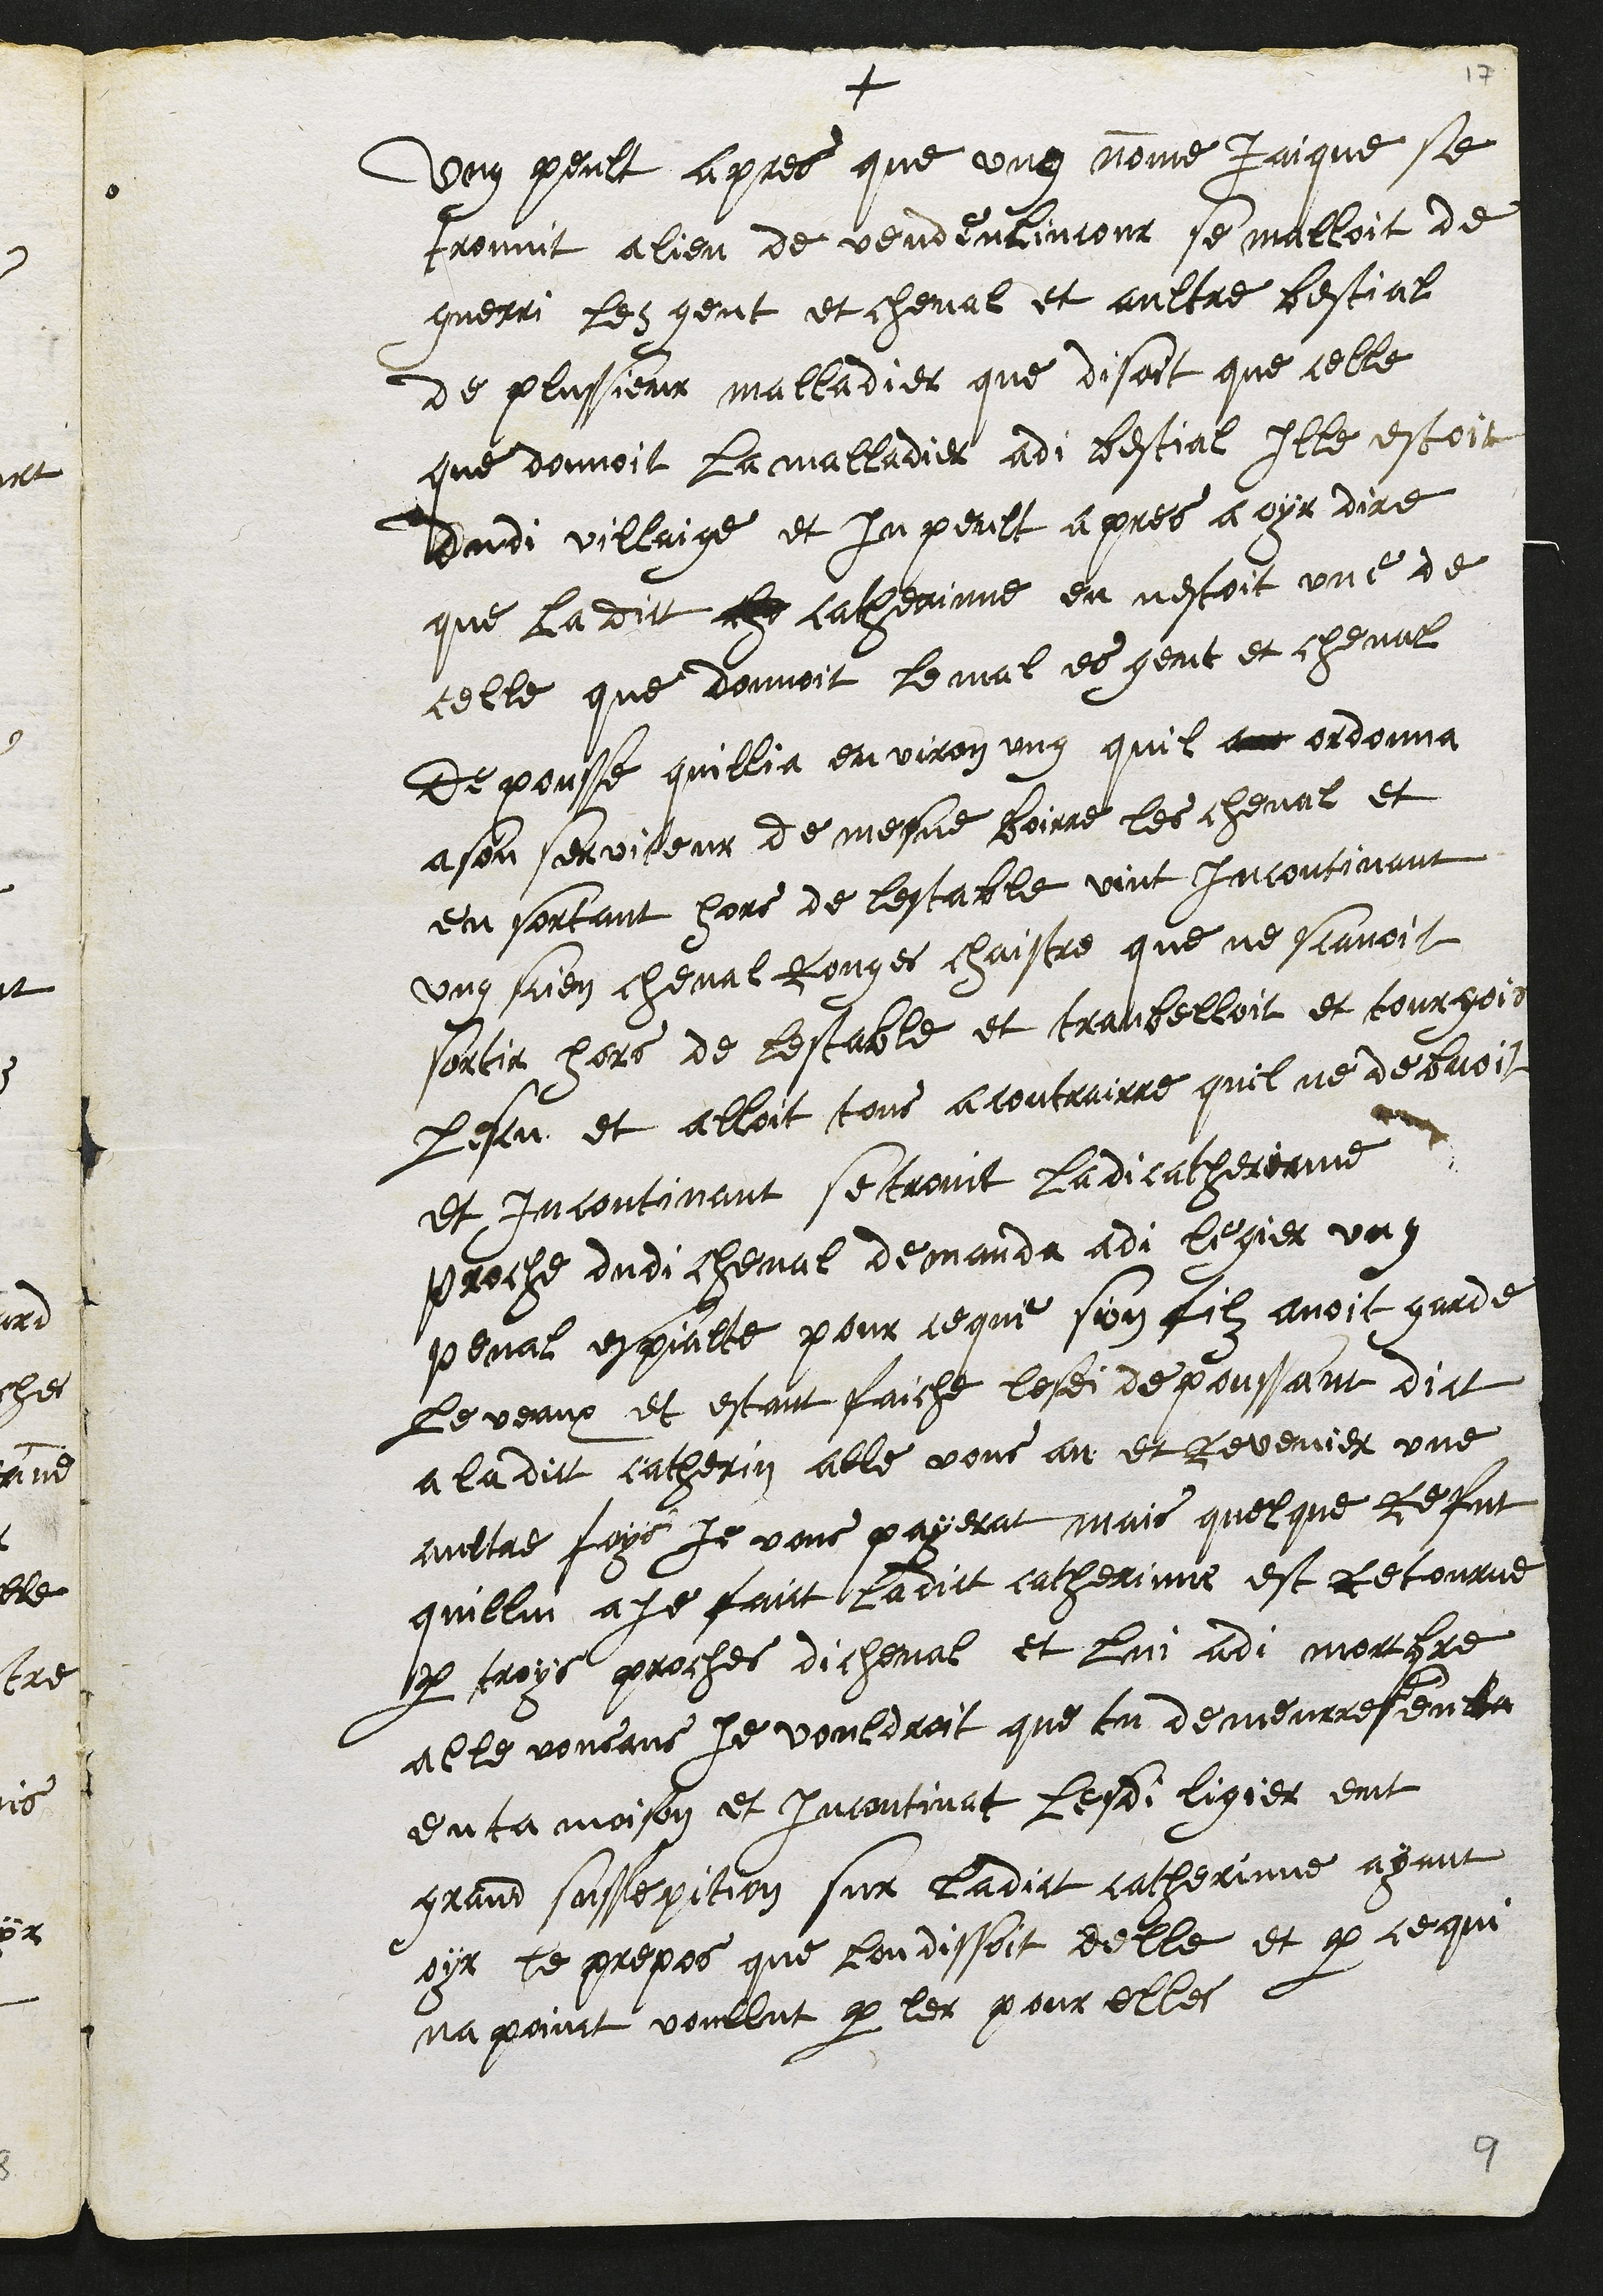
+
Ung peult apres que ung nomme Jaique se
trouvit a lieu de vendenlincour se malloit de
guerri les gent et cheval et aultre bestial
de plussieur malladier que disoit que celle
que donnoit la malladier adi bestial ille estoit
dudi villaige et In peult apres a oyr dire
que ladict che catherinne en nestoit une de
celle que donnoit le mal es gens et cheval
Depousse quillia environ ung quil am ordonna
a son serviteur de mesne boirre les cheval et
en sortant hors de lestable vint incontinant
ung sien cheval Rouges chaistre que ne scavoit
sortir hors de lestable et tranbelloit et tourgois
lescu et alloit tous a contrairre quil ne debvoit
et incontinant se trovit ladi catherinne
proche dudi cheval demanda adi legier ung
penal espialte pour ce que son filz avoit garde
le veaux et estant faiche lesdi depoussant dict
a ladict catherin alle vous an et Revenier une
aultre foys Je vous payerat mais quelque Refut
quillui aje faict ladict catherinne est retourne
par troys proches di cheval et lui adi mortbre
alle vousans Je vouldroit que tu demeures en ta
en ta maison et incontinat Lesdi ligier eut
grand sussepition sur ladict catherinne ayant
oyr le propos que lon dissoit delle et par ce qui
na point voullut parler pour elles